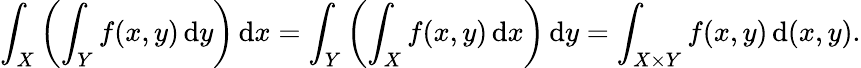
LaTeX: \int_{X}\left(\int_{Y}f(x,y)\, {\mathrm{d}}y\right)\, {\mathrm{d}}x=\int_{Y}\left(\int_{X}f(x,y)\, {\mathrm{d}}x\right)\, {\mathrm{d}}y=\int_{X\times Y}f(x,y)\, {\mathrm{d}}(x,y).